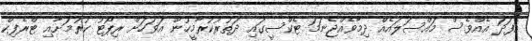
އެފަދަ އެއްވެސް މައްސަލައެއް ދިމާވެއްޖެނަމަ ޓެކްސީގައި ދަތުރުކުރާމީހުން އަވަހަށް ރިޕޯޓު ކުރުމަށާއި ޓްރެފިކް